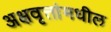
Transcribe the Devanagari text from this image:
अक्षवृत्तांमधील